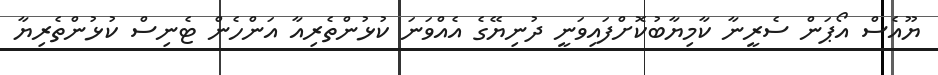
ޔޫއެސް އޯޕަން ސެރީނާ ކާމިޔާބުކޮށްފައިވަނީ ދުނިޔޭގެ އެއްވަނަ ކުޅުންތެރިއާ އަންހެން ޓެނިސް ކުޅުންތެރިޔާ